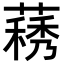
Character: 𦽧